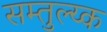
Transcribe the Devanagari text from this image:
सम्तुल्य्क